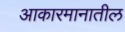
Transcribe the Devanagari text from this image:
आकारमानातील